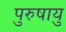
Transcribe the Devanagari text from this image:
पुरुषायु